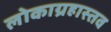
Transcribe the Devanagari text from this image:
लोकाग्रहास्तव